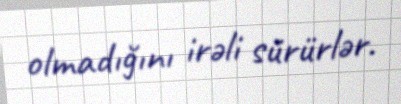
olmadığını irəli sürürlər.